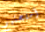
أسلحتهم